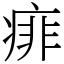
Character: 痱